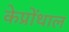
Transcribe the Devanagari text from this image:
केप्रोंथाल